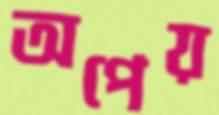
অপেয়